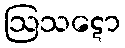
ဩသဋော